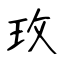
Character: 玫